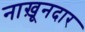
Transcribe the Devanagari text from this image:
नाख़ूनदार